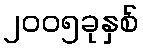
၂၀၀၅ခုနှစ်